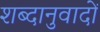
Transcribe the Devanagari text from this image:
शब्दानुवादों